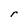
Character: r